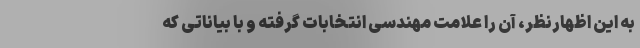
به این اظهارنظر، آن را علامت مهندسی انتخابات گرفته و با بیاناتی که